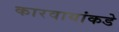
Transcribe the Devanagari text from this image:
कारवायांकडे